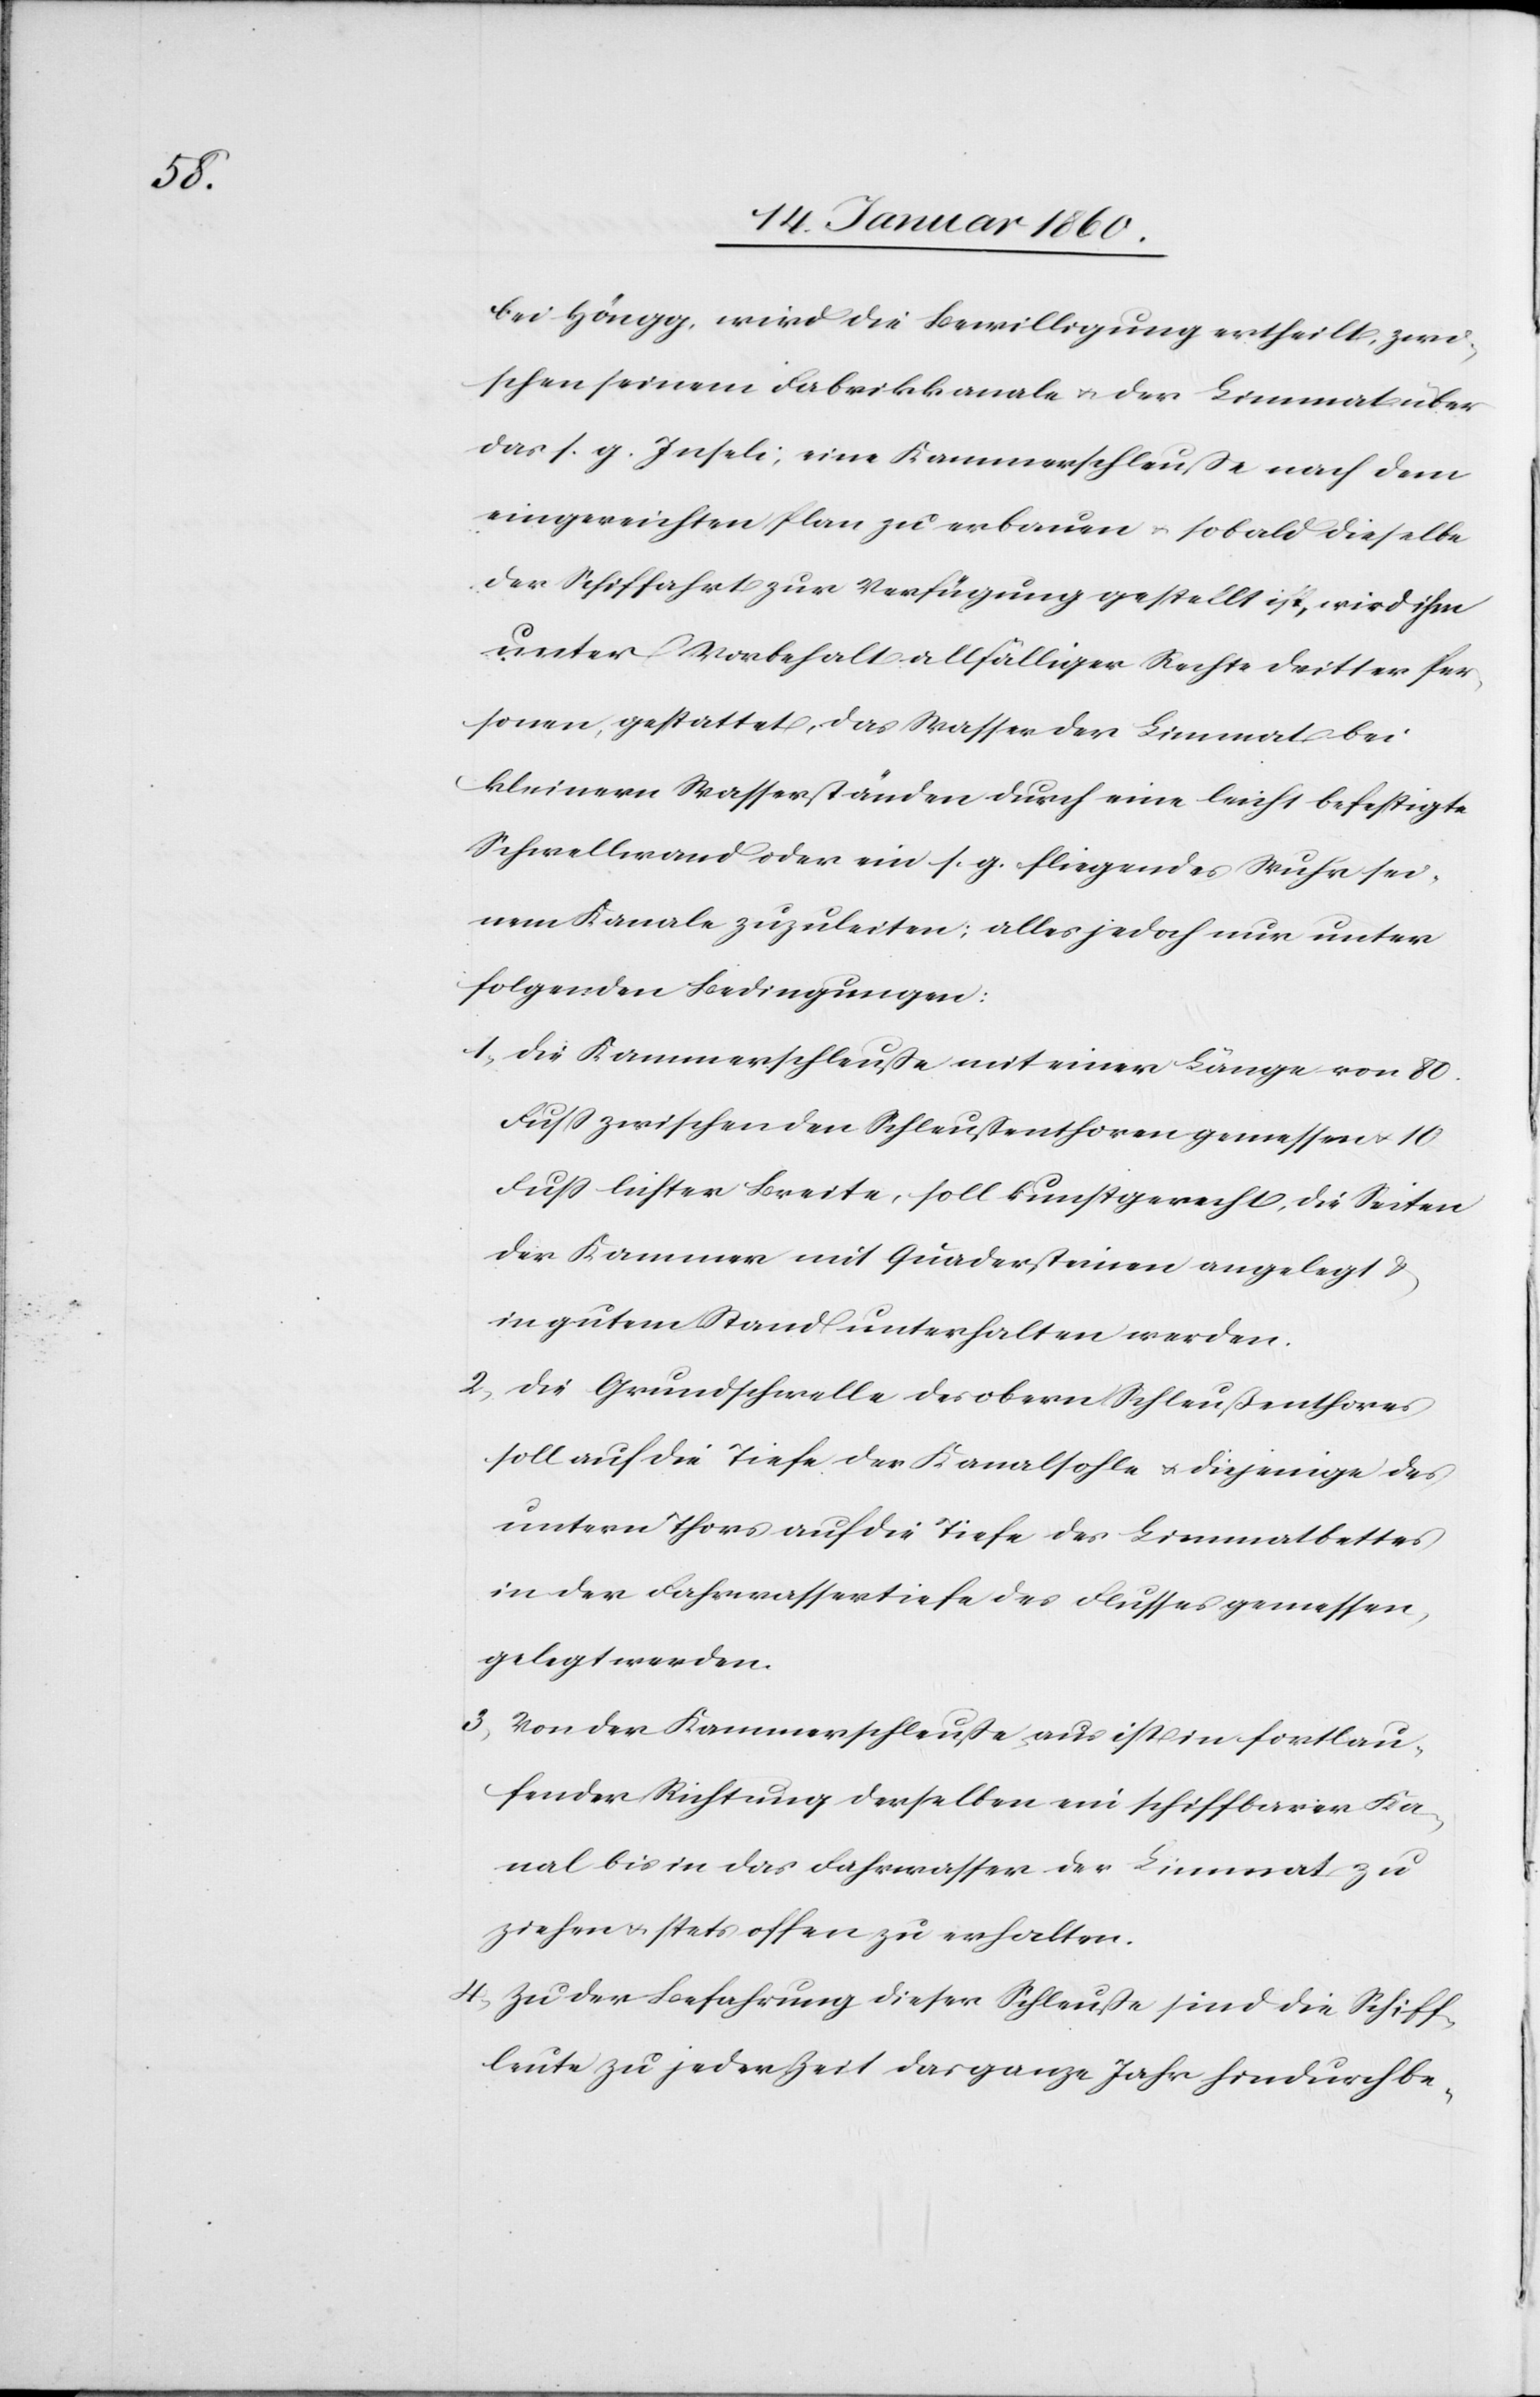
bei Höngg, wird die Bewilligung ertheilt, zwi¬
schen seinem Fabrikkanale u. der Limmat über
das s. g. Inseli, eine Kammerschleuße nach dem
eingereichten Plan zu erbauen u. sobald dieselbe
der Schiffahrt zur Verfügung gestellt ist, wird ihm
unter Vorbehalt allfälliger Rechte dritter Per¬
sonen, gestattet, das Wasser der Limmat bei
kleinern Wasserständen durch eine leicht befestigte
Schwellwand oder ein s. g. fliegendes Wuhr sei¬
nem Kanale zuzuleiten, alles jedoch nur unter
folgenden Bedingungen:
1. Die Kammerschleuse mit einer Länge von 80
Fuß zwischen den Schleussenthoren gemessen u. 10.
Fuß leichter Breite, soll kunstgerecht, die Seiten
der Kammern mit Quadersteinen angelegt u.
in gutem Stand unterhalten werden.
2. Die Grundschwelle des obern Schleußenthores
soll auf die Tiefe der Kanalsohle u. diejenige des
untern Thors auf die Tiefe des Limmatbettes
in der Fahrwassertiefe des Flusses gemessen,
gelegt werden.
3. Von der Kammerschleusse aus ist in fortlau¬
fender Richtung derselben ein schiffbarer Ka¬
nal bis in das Fahrwasser der Limmat zu
ziehen u. stets offen zu erhalten.
4. Zu der Befahrung dieser Schleuße sind die Schiff¬
leute zu jeder Zeit das ganze Jahr hindurch be-